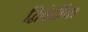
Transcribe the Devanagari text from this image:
द्विवेदींचा